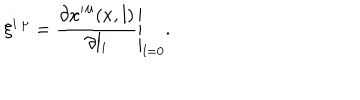
LaTeX: \xi ^ { i \: \mu } = \left. \frac { \partial { x ^ { \prime } } ^ { \mu } ( x , l ) } { \partial l _ { i } } \right| _ { l = 0 } .